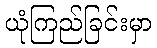
ယုံကြည်ခြင်းမှာ